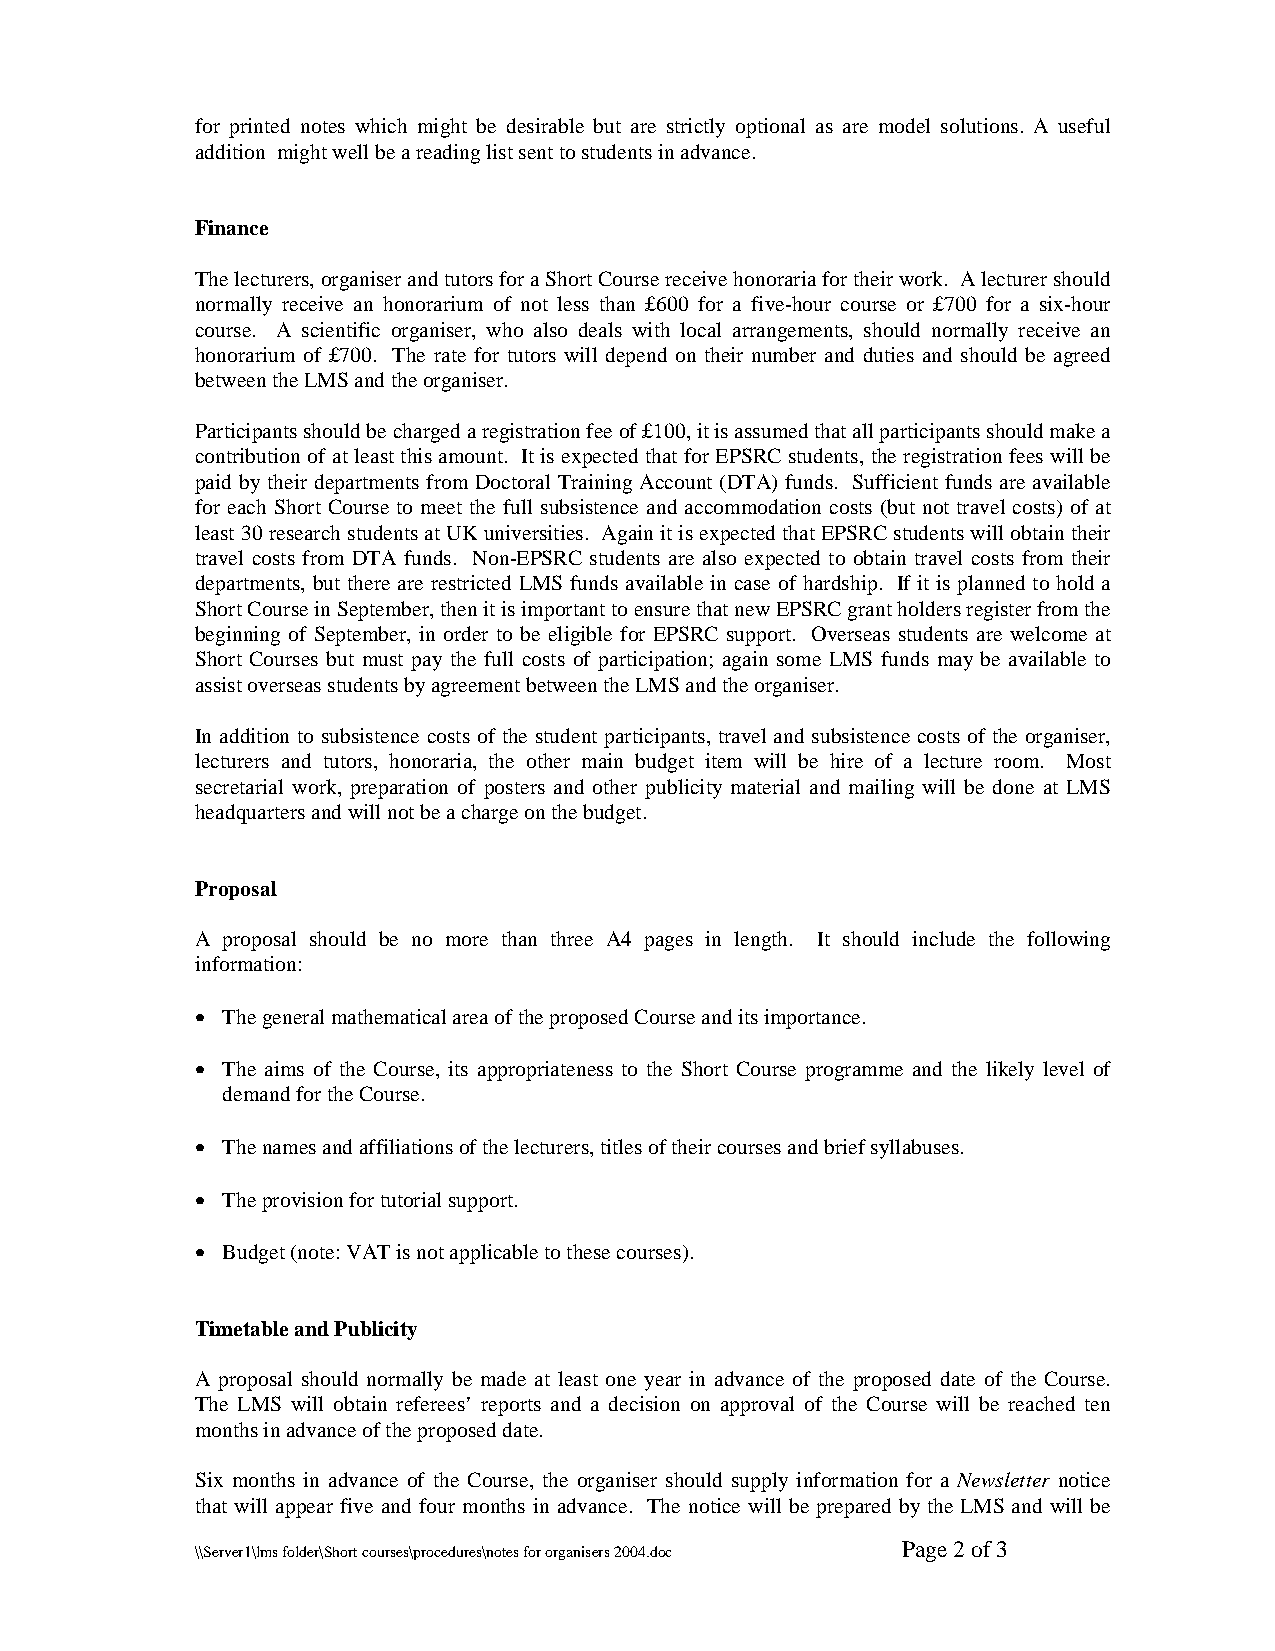
for printed notes which might be desirable but are strictly optional as are model solutions. A useful
 addition might well be a reading list sent to students in advance.
 Finance
 The lecturers, organiser and tutors for a Short Course receive honoraria for their work. A lecturer should
 normally receive an honorarium of not less than £600 for a five-hour course or £700 for a six-hour
 course. A scientific organiser, who also deals with local arrangements, should normally receive an
 honorarium of £700. The rate for tutors will depend on their number and duties and should be agreed
 between the LMS and the organiser.
 Participants should be charged a registration fee of £100, it is assumed that all participants should make a
 contribution of at least this amount. It is expected that for EPSRC students, the registration fees will be
 paid by their departments from Doctoral Training Account (DTA) funds. Sufficient funds are available
 for each Short Course to meet the full subsistence and accommodation costs (but not travel costs) of at
 least 30 research students at UK universities. Again it is expected that EPSRC students will obtain their
 travel costs from DTA funds. Non-EPSRC students are also expected to obtain travel costs from their
 departments, but there are restricted LMS funds available in case of hardship. If it is planned to hold a
 Short Course in September, then it is important to ensure that new EPSRC grant holders register from the
 beginning of September, in order to be eligible for EPSRC support. Overseas students are welcome at
 Short Courses but must pay the full costs of participation; again some LMS funds may be available to
 assist overseas students by agreement between the LMS and the organiser.
 In addition to subsistence costs of the student participants, travel and subsistence costs of the organiser,
 lecturers and tutors, honoraria, the other main budget item will be hire of a lecture room. Most
 secretarial work, preparation of posters and other publicity material and mailing will be done at LMS
 headquarters and will not be a charge on the budget.
 Proposal
 A proposal should be no more than three A4 pages in length. It should include the following
 information:
 • The general mathematical area of the proposed Course and its importance.
 • The aims of the Course, its appropriateness to the Short Course programme and the likely level of
 demand for the Course.
 • The names and affiliations of the lecturers, titles of their courses and brief syllabuses.
 • The provision for tutorial support.
 • Budget (note: VAT is not applicable to these courses).
 Timetable and Publicity
 A proposal should normally be made at least one year in advance of the proposed date of the Course.
 The LMS will obtain referees’ reports and a decision on approval of the Course will be reached ten
 months in advance of the proposed date.
 Six months in advance of the Course, the organiser should supply information for a Newsletter notice
 that will appear five and four months in advance. The notice will be prepared by the LMS and will be
 \\Server1\lms folder\Short courses\procedures\notes for organisers 2004.doc Page 2 of 3